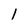
Character: 1